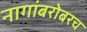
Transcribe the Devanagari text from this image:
नागांबरोबरच